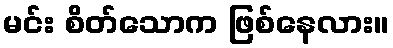
မင်း စိတ်သောက ဖြစ်နေလား။